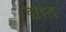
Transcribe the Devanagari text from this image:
द्यात